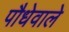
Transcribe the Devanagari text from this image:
पौधेवाले